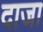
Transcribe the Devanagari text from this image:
दाजा